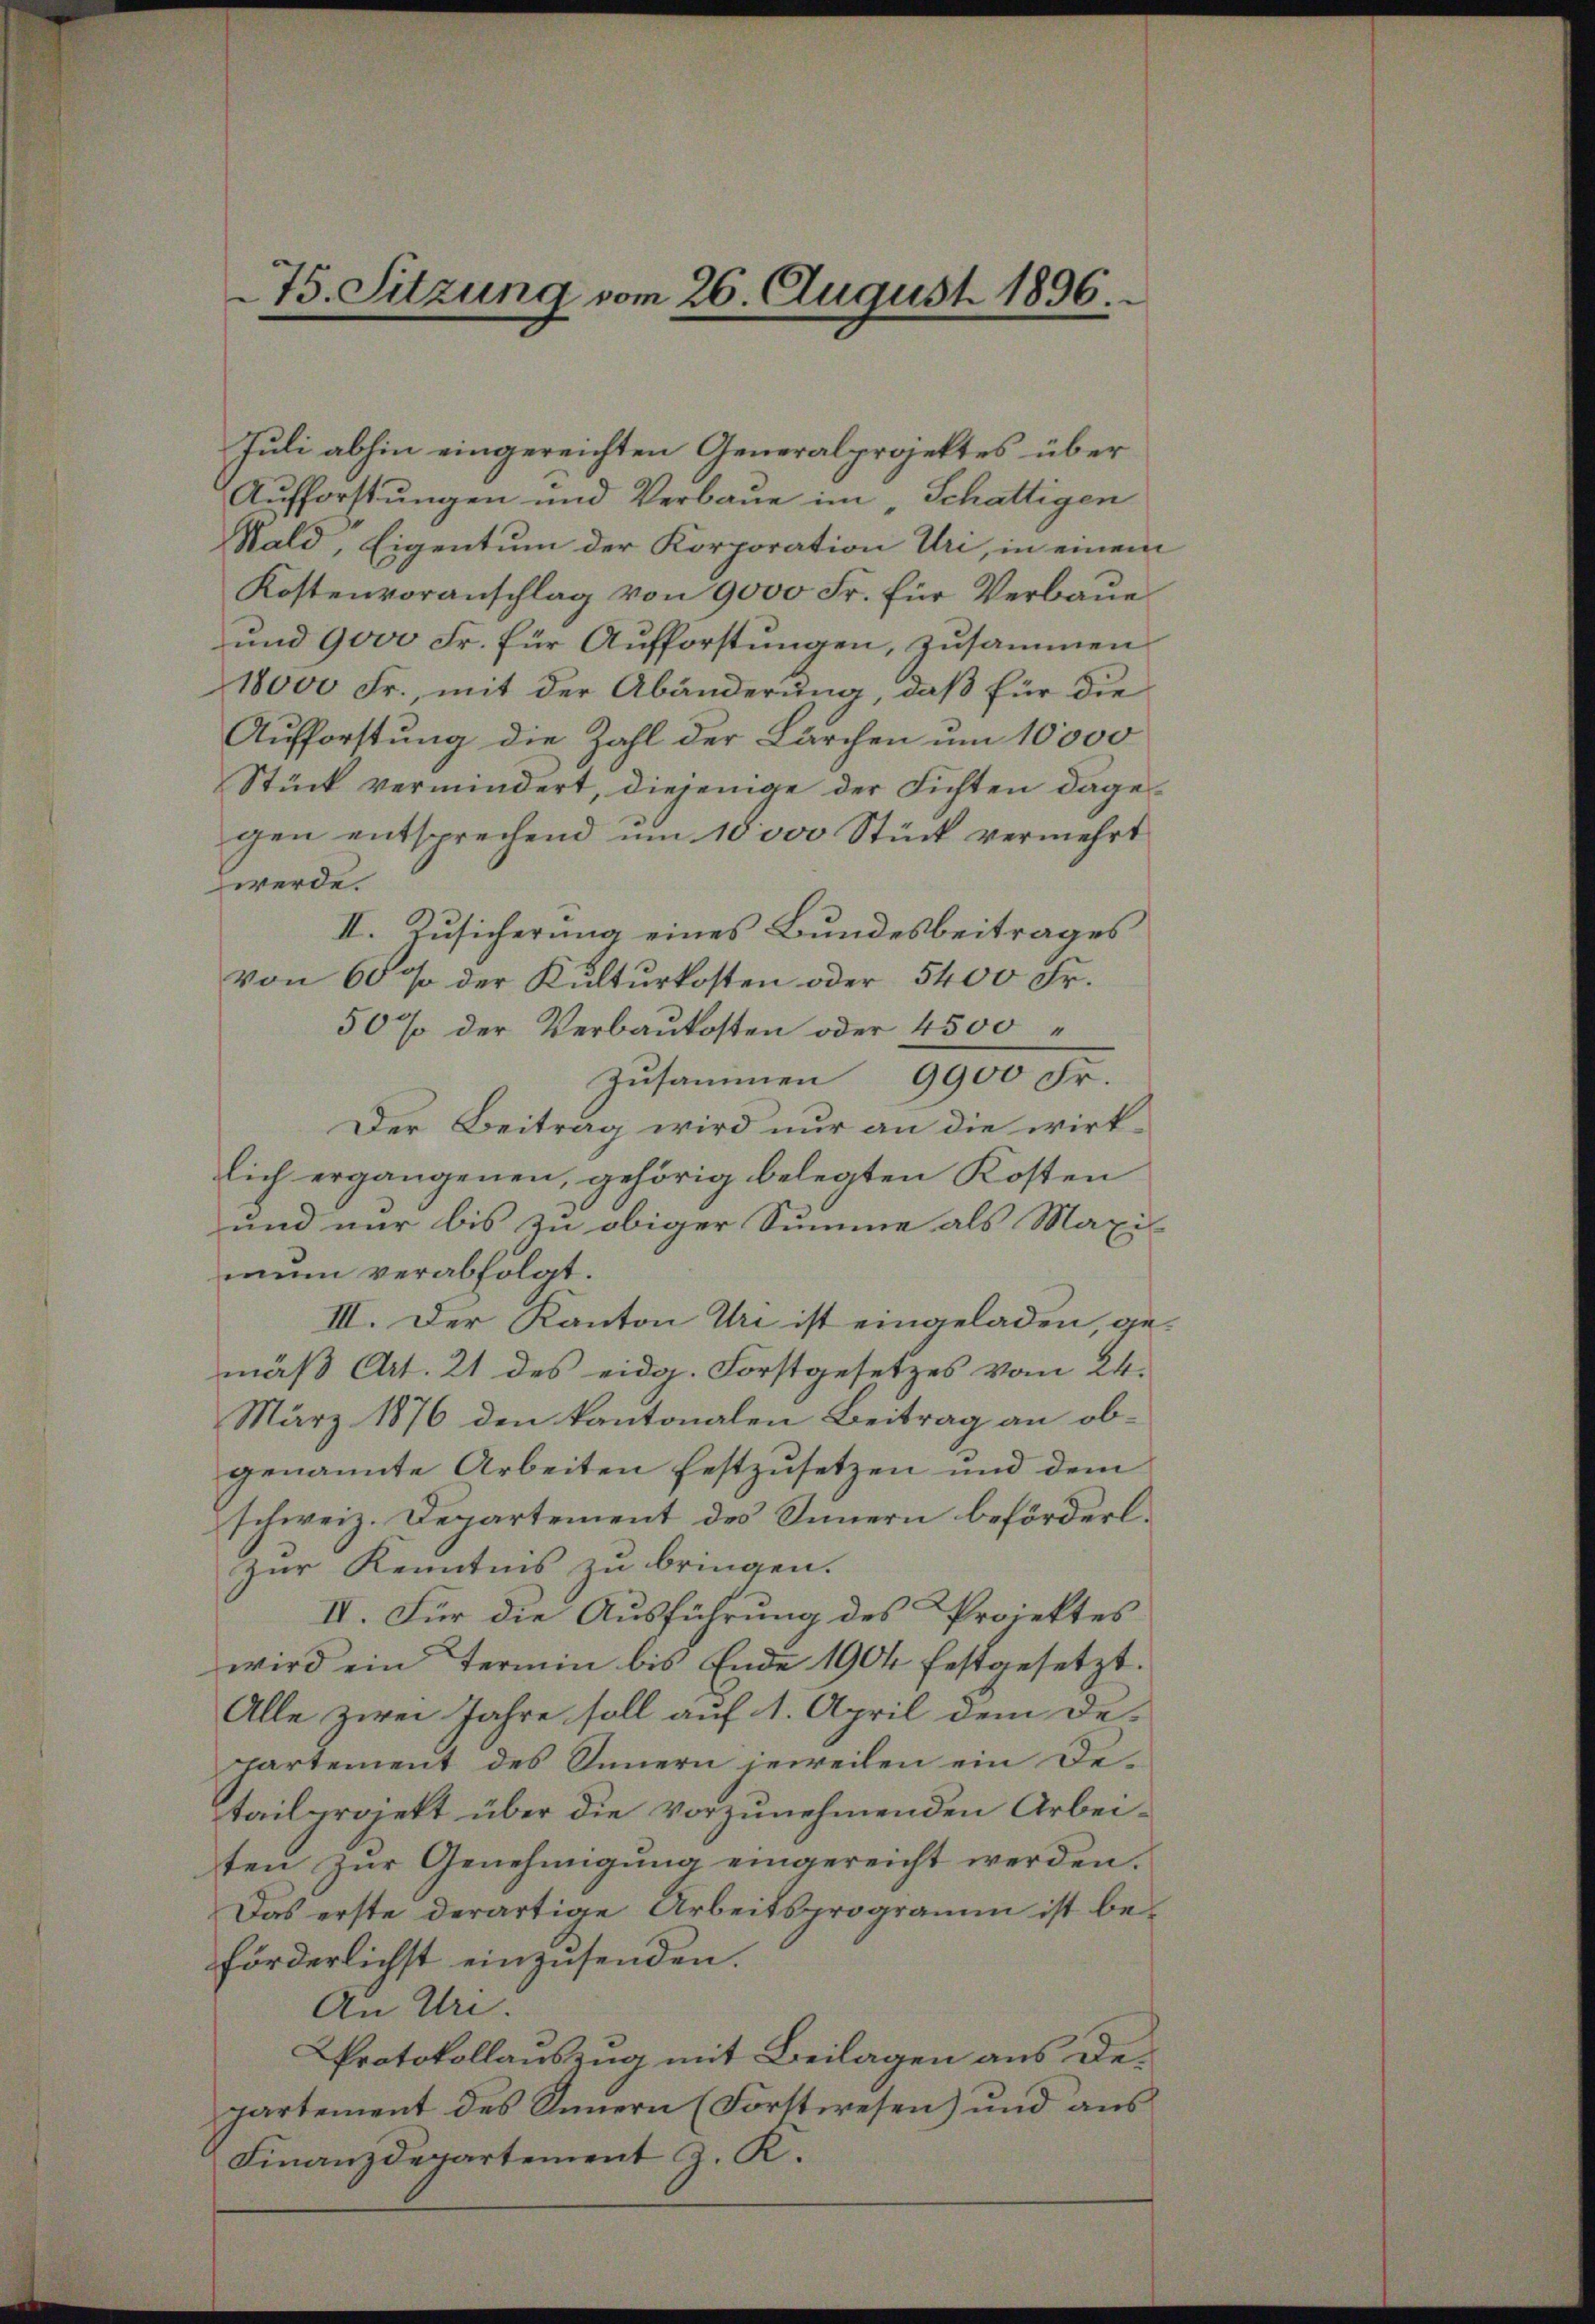
Juli abhin eingereichten Generalprojektes über
Aufforstungen und Verbaue im „Schättigen
Wald, Eigentum der Korporation Uri, in einem
Kostenvoranschlag von 9000 Fr. für Verbaue
und 9000 Fr. für Aufforstungen, zusammen
18000 Fr., mit der Abänderung, daß für die
Aufforstung die Zahl der Lärchen um 10,000
Stück vermindert, diejenige der Fichten dagegen entsprechend um 10 000 Stück vermehrt
werde.
II. Zusicherung eines Bundesbeitrages
von 60 % der Kulturkosten oder 5400 Fr.
50% der Verbaukosten oder 4500
Zusammen 9900 Fr.
Der Beitrag wird nur an die wirklich ergangenen, gehörig belegten Kosten
und nur bis zu obiger Summe als Maxis
mum verabfolgt.
III. Der Kanton Uri ist eingeladen, gemäß Art. 21 des eidg. Forstgesetzes vom 24.
März 1876 den kantonalen Beitrag an ob-
genannte Arbeiten festzusetzen und dem
schweiz. Departement des Innern beförderl.
Zur Kenntnis zu bringen.
IV. Für die Ausführung des Projektes
wird ein Termin bis Ende 1904 festgesetzt.
Alle zwei Jahre soll auf 1. April dem De-
partement des Innern jeweilen ein Detailprojekt über die vorzunehmenden Arbeiten zur Genehmigung eingereicht werden.
Das erste derartige Arbeitsprogramm ist beförderlichst einzusenden.
An Uri.
Protokollauszug mit Beilagen aus departement des Innern (Forstwesen) und aus
Finanzdepartement J. R.

75. Sitzung vom 26. August 1896.